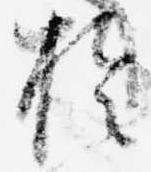
於